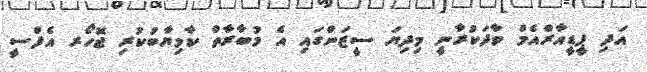
އަދި ޕީޑީއާރްއެމް ވާދަކުރާނީ މިދިޔަ ސީޒަންގައި އެ މުބާރާތް ކާމިޔާބުކުރި ޖޮހޯރ އެފްސީ